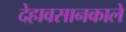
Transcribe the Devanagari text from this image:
देहावसानकाले